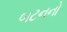
બટનનો